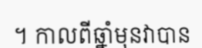
។ កាលពីឆ្នាំមុនវាបាន